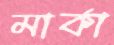
মার্কা